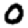
Digit: 0